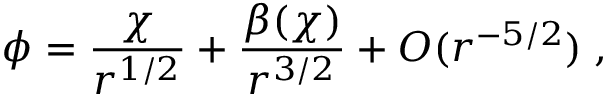
\phi = \frac { \chi } { r ^ { 1 / 2 } } + \frac { \beta ( \chi ) } { r ^ { 3 / 2 } } + O ( r ^ { - 5 / 2 } ) \; ,